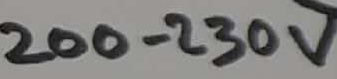
Text: 200-230V